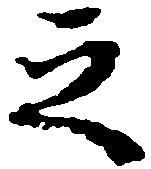
之